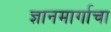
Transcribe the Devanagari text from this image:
ज्ञानमार्गाचा